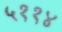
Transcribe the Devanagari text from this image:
५११४